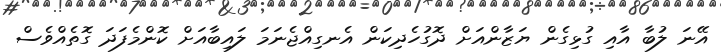
އޭނަ ލުބާ އާއި ގުޅިގެން ޔަޒާންއަށް ދޮގުހެދިކަން އެނގިއްޖެނަމަ ލައިބާއަށް ކޮންމެފަދަ ގޮތެއްވެސް